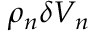
\rho _ { n } \delta V _ { n }